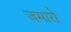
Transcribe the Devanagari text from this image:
जमारो